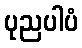
ပုညပါပံ